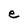
Character: e